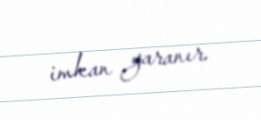
imkan yaranır.